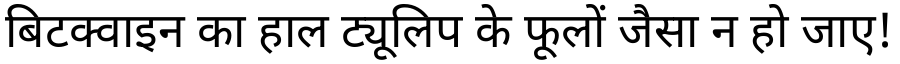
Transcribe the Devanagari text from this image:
बिटक्वाइन का हाल ट्यूलिप के फूलों जैसा न हो जाए!